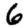
Digit: 6